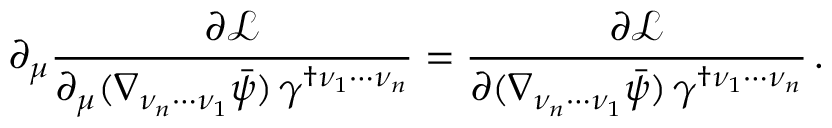
\partial _ { \mu } \frac { \partial \mathcal { L } } { \partial _ { \mu } ( \nabla _ { \nu _ { n } \cdots \nu _ { 1 } } \bar { \psi } ) \, \gamma ^ { \dagger \nu _ { 1 } \cdots \nu _ { n } } } = \frac { \partial \mathcal { L } } { \partial ( \nabla _ { \nu _ { n } \cdots \nu _ { 1 } } \bar { \psi } ) \, \gamma ^ { \dagger \nu _ { 1 } \cdots \nu _ { n } } } \, .